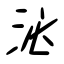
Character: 泌